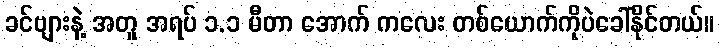
ခင်ဗျားနဲ့ အတူ အရပ် ၁.၁ မီတာ အောက် ကလေး တစ်ယောက်ကိုပဲခေါ်နိုင်တယ်။